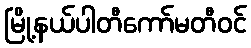
မြို့နယ်ပါတီကော်မတီဝင်